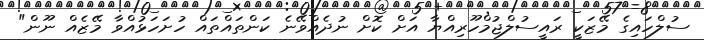
ސުލްހައިގެ މޭޒަކީ ރައީސުލްޖުމްހޫރިއްޔާ އަށް ކޮށް ނުދެއްވޭނެ ކަންތައްތައް ހުށަހަޅުއްވާ މޭޒެއް ނޫން"